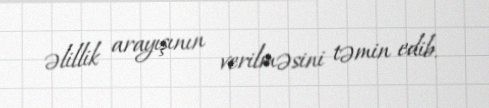
əlillik arayışının verilməsini təmin edib.